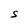
Character: S